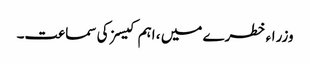
وزراء خطرے میں ، اہم کیسز کی سماعت۔